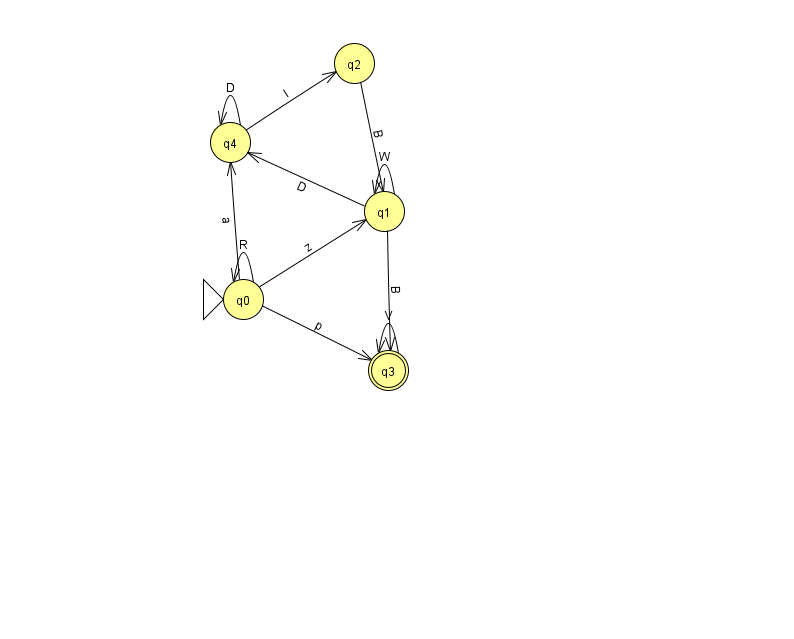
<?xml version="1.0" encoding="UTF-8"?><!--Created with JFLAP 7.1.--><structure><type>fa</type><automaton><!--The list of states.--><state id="0" name="q0"><x>243.0</x><y>286.0</y><initial/></state><state id="1" name="q1"><x>384.0</x><y>198.0</y></state><state id="2" name="q2"><x>354.0</x><y>50.0</y></state><state id="3" name="q3"><x>388.0</x><y>357.0</y><final/></state><state id="4" name="q4"><x>230.0</x><y>129.0</y></state><!--The list of transitions.--><transition><from>1</from><to>3</to><read>B</read></transition><transition><from>0</from><to>0</to><read>R</read></transition><transition><from>4</from><to>4</to><read>D</read></transition><transition><from>0</from><to>1</to><read>z</read></transition><transition><from>1</from><to>4</to><read>D</read></transition><transition><from>2</from><to>1</to><read>B</read></transition><transition><from>3</from><to>3</to><read>V</read></transition><transition><from>1</from><to>1</to><read>W</read></transition><transition><from>0</from><to>3</to><read>p</read></transition><transition><from>0</from><to>4</to><read>a</read></transition><transition><from>4</from><to>2</to><read>I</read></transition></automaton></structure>